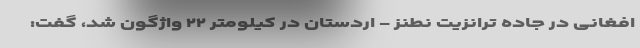
افغانی در جاده ترانزیت نطنز - اردستان در کیلومتر ۲۲ واژگون شد، گفت: